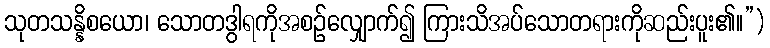
သုတသန္နိစယော၊ သောတဒွါရကိုအစဉ်လျှောက်၍ ကြားသိအပ်သောတရားကိုဆည်းပူး၏။”)